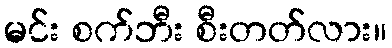
မင်း စက်ဘီး စီးတတ်လား။